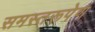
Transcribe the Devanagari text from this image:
समस्तरूपेण